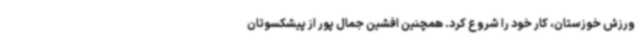
ورزش خوزستان، کار خود را شروع کرد. همچنین افشین جمال پور از پیشکسوتان